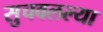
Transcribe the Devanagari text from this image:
सुचवलल्या